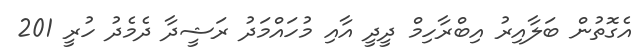
އެގޮތުން ބަލާއިރު އިބްރާހިމް ދީދީ އާއި މުހައްމަދު ރަޝީދާ ދެމެދު ހުރީ 201